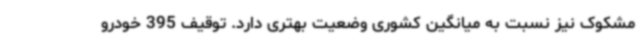
مشکوک نیز نسبت به میانگین کشوری وضعیت بهتری دارد. توقیف 395 خودرو